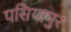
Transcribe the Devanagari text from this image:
पसियापुर